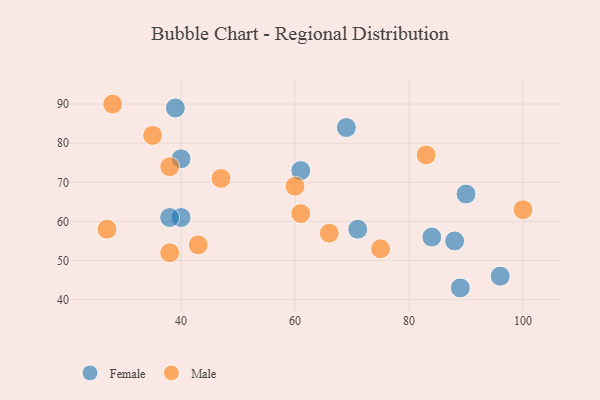
{"axis": {"x": "GDP", "y": "Life Expectancy"}, "legend": ["Female", "Male"], "data": [{"x": "40", "y": 61, "type": "Female"}, {"x": "61", "y": 73, "type": "Female"}, {"x": "38", "y": 61, "type": "Female"}, {"x": "90", "y": 67, "type": "Female"}, {"x": "89", "y": 43, "type": "Female"}, {"x": "96", "y": 46, "type": "Female"}, {"x": "39", "y": 89, "type": "Female"}, {"x": "71", "y": 58, "type": "Female"}, {"x": "84", "y": 56, "type": "Female"}, {"x": "69", "y": 84, "type": "Female"}, {"x": "88", "y": 55, "type": "Female"}, {"x": "40", "y": 76, "type": "Female"}, {"x": "38", "y": 52, "type": "Male"}, {"x": "43", "y": 54, "type": "Male"}, {"x": "100", "y": 63, "type": "Male"}, {"x": "28", "y": 90, "type": "Male"}, {"x": "27", "y": 58, "type": "Male"}, {"x": "60", "y": 69, "type": "Male"}, {"x": "35", "y": 82, "type": "Male"}, {"x": "75", "y": 53, "type": "Male"}, {"x": "66", "y": 57, "type": "Male"}, {"x": "38", "y": 74, "type": "Male"}, {"x": "47", "y": 71, "type": "Male"}, {"x": "83", "y": 77, "type": "Male"}, {"x": "61", "y": 62, "type": "Male"}]}